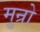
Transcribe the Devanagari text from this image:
मुन्रो